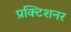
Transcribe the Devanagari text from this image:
प्रक्टिशनर